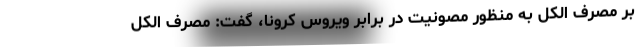
بر مصرف الکل به منظور مصونیت در برابر ویروس کرونا، گفت: مصرف الکل